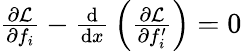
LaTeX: \begin{array}{r}{{\frac{\partial{\mathcal{L}}}{\partial f_{i}}}-{\frac{\mathrm{d}}{\mathrm{d}x}}\left({\frac{\partial{\mathcal{L}}}{\partial f_{i}^{\prime}}}\right)=0}\end{array}